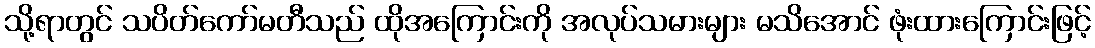
သို့ရာတွင် သပိတ်ကော်မတီသည် ထိုအကြောင်းကို အလုပ်သမားများ မသိအောင် ဖုံးထားကြောင်းဖြင့်